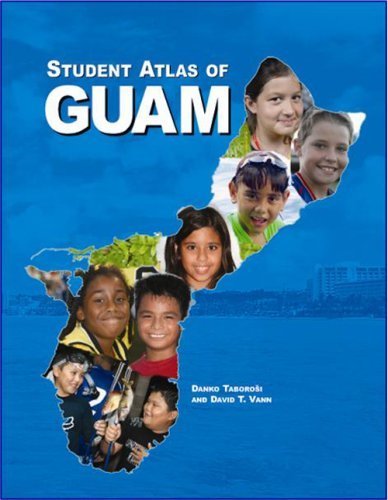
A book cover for Student Atlas of Guam by Danko Taborosi, David T. Vann (2007) Paperback; David T. Vann Danko Taborosi; Travel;